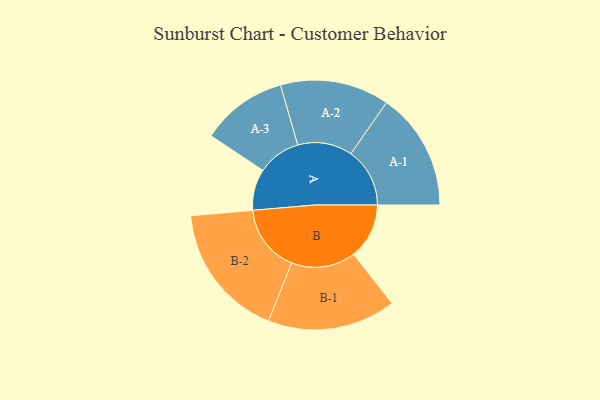
{"axis": {"x": "Segment", "y": "Value"}, "legend": ["", "A", "B"], "data": [{"x": "A", "y": 133, "type": ""}, {"x": "B", "y": 179, "type": ""}, {"x": "A-1", "y": 190, "type": "A"}, {"x": "A-2", "y": 176, "type": "A"}, {"x": "A-3", "y": 139, "type": "A"}, {"x": "B-1", "y": 207, "type": "B"}, {"x": "B-2", "y": 218, "type": "B"}]}